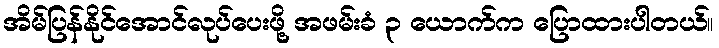
အိမ်ပြန်နိုင်အောင်လုပ်ပေးဖို့ အဖမ်းခံ ၃ ယောက်က ပြောထားပါတယ်။